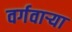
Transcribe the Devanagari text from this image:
वर्गवार्‍या